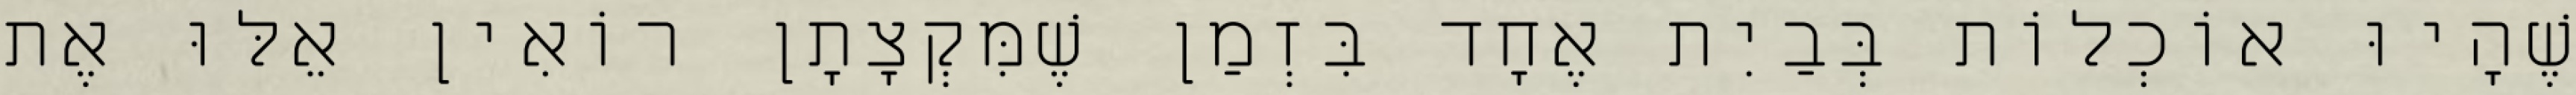
שֶׁהָיוּ אוֹכְלוֹת בְּבַיִת אֶחָד בִּזְמַן שֶׁמִּקְצָתָן רוֹאִין אֵלּוּ אֶת